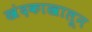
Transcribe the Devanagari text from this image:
खंदकाखालून